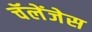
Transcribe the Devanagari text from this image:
चॅलेंजेस